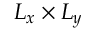
L _ { x } \times L _ { y }